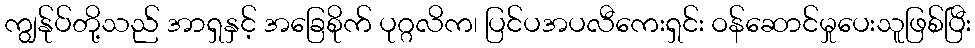
ကျွန်ုပ်တို့သည် အာရှနှင့် အခြေစိုက် ပုဂ္ဂလိက၊ ပြင်ပအပလီကေးရှင်း ဝန်ဆောင်မှုပေးသူဖြစ်ပြီး